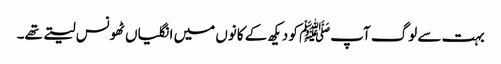
بہت سے لوگ آپﷺ کو دیکھ کے کانوں میں انگلیاں ٹھونس لیتے تھے۔